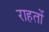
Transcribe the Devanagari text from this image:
राहतों